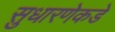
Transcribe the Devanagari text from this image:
सुधारणेकडे